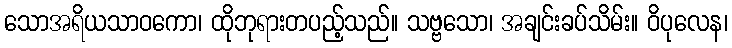
သောအရိယသာဝကော၊ ထိုဘုရားတပည့်သည်။ သဗ္ဗသော၊ အချင်းခပ်သိမ်း။ ဝိပုလေန၊